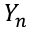
Y _ { n }